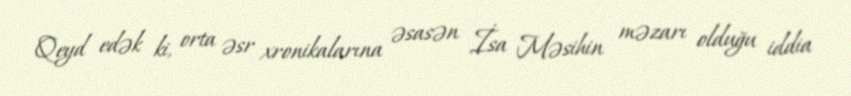
Qeyd edək ki, orta əsr xronikalarına əsasən İsa Məsihin məzarı olduğu iddia